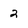
Character: 2